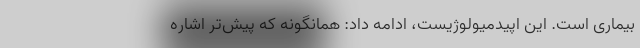
بیماری است. این اپیدمیولوژیست، ادامه داد: همانگونه که پیش‌تر اشاره